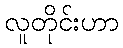
လူတိုင်းဟာ